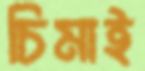
চিমাই